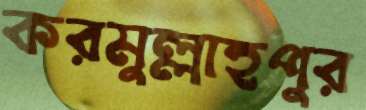
করমুল্লাহপুর